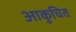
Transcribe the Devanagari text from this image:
आकुचित